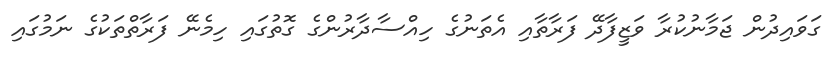
ގަވައިދުން ޖަމާނުކުރާ ވަޒީފާދޭ ފަރާތާއި އެތަނުގެ ހިއްސާދާރުންގެ ގޮތުގައި ހިމެނޭ ފަރާތްތަކުގެ ނަމުގައި